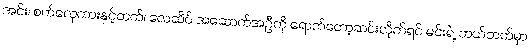
အင်း၊ စက်လှေကားနှင့်တက်၊ လေဆိပ် အဆောက်အဦကို ရောက်တော့ဆင်းလိုက်ရင် မင်းရဲ့ ဘယ်ဘက်မှာ